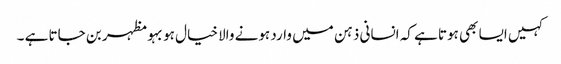
کہیں ایسا بھی ہوتا ہے کہ انسانی ذہن میں وارد ہونے والا خیال ہوبہو مظہر بن جاتا ہے ۔